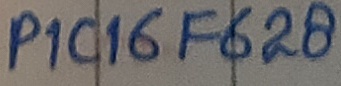
Text: PIC16F628